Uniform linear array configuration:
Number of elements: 16
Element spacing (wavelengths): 1
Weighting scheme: cosine
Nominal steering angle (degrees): -60
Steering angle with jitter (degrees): -59.964
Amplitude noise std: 0.05
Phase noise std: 0.05

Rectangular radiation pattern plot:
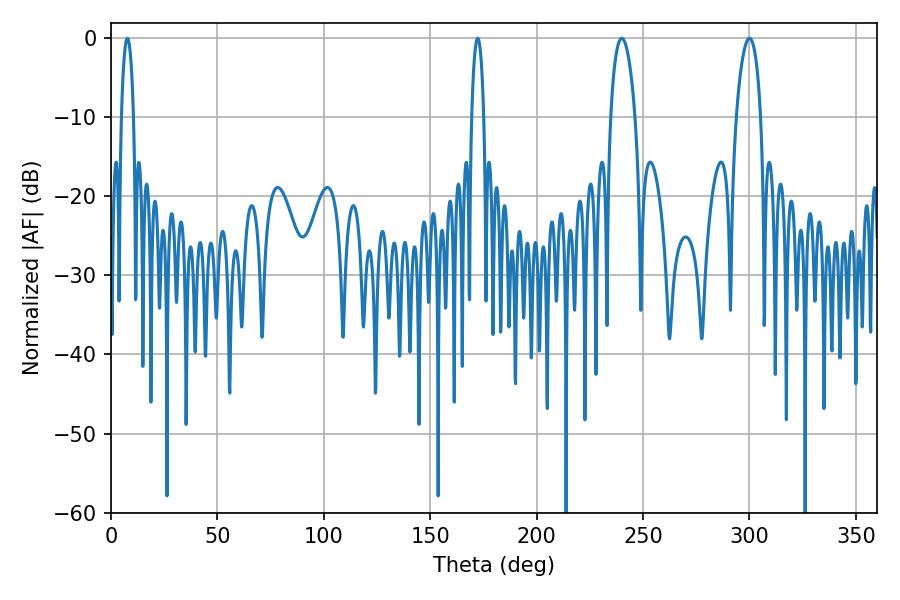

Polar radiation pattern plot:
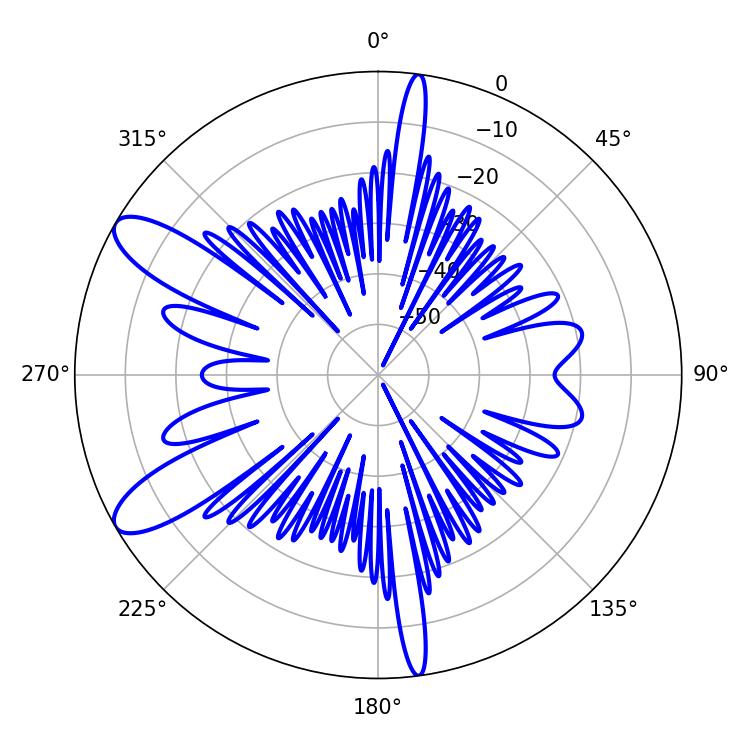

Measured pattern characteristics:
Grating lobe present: TRUE
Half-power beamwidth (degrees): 6.48
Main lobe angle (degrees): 239.94